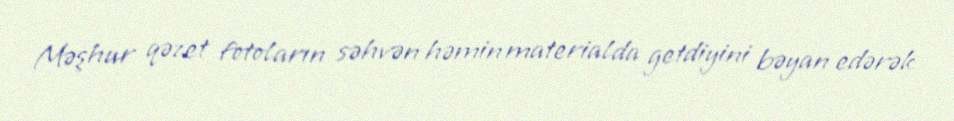
Məşhur qəzet fotoların səhvən həmin materialda getdiyini bəyan edərək